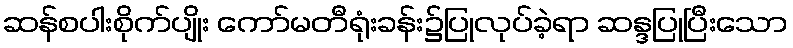
ဆန်စပါးစိုက်ပျိုး ကော်မတီရုံးခန်း၌ပြုလုပ်ခဲ့ရာ ဆန္ဒပြုပြီးသော